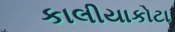
કાલીયાકોટા